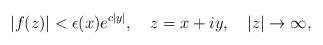
LaTeX: \begin{align*}\left| f(z)\right| <\epsilon (x)e^{c\left| y\right| },\quad z=x+iy,\quad\left| z\right| \rightarrow \infty , \end{align*}